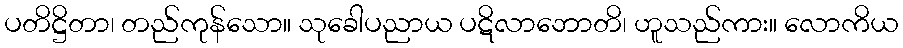
ပတိဋ္ဌိတာ၊ တည်ကုန်သော။ သုခေါပညာယ ပဋိလာဘောတိ၊ ဟူသည်ကား။ လောကိယ